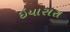
ઇયાસરા